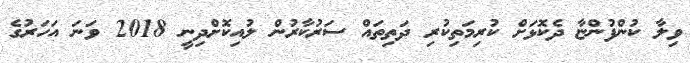
ވިލާ ކުންފުންޏާ ދެކޮޅަށް ކުރިމަތިކުރި ދަތިތައް ސަރުކާރުން ލުއިކޮށްދިނީ 2018 ވަނަ އަހަރުގެ